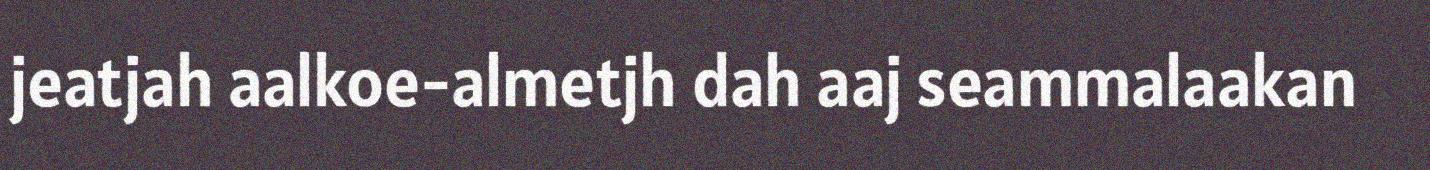
jeatjah aalkoe-almetjh dah aaj seammalaakan